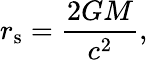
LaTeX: r_{\mathrm{{s}}}={\frac{2GM}{c^{2}}},